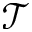
\mathcal { T }